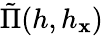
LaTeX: \tilde{\Pi}(h,h_{{\mathbf x}})